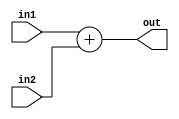
module adder (in1, in2, out);
  parameter DW = 8;
  parameter RW = 3 * DW;

  input[RW-1:0] in1, in2;
  output [RW-1:0] out;

  assign out = in1 + in2;
endmodule // adder